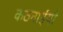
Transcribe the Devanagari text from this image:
कठनाईयाँ